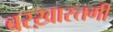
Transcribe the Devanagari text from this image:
बरख़ास्तगी